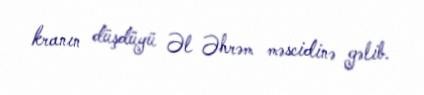
kranın düşdüyü Əl Əhrəm məscidinə gəlib.